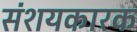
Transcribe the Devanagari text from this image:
संशयकारक